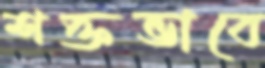
শক্তভাবে